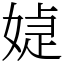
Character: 媫